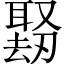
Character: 𪠱